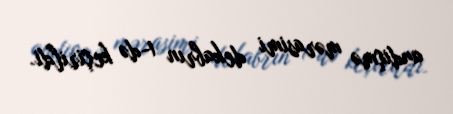
andiçmə mərasimi dekabrın 1-də keçirildi.